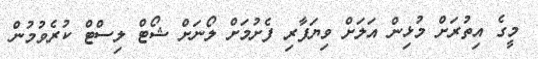
މީގެ އިތުރަށް މުޅިން އަލަށް ވިޔަފާރި ފެށުމަށް ލޯނަށް ޝޯޓް ލިސްޓް ކުރެވުމުން